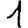
Digit: 1